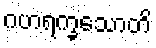
ဂဟရက္ခသောတိ